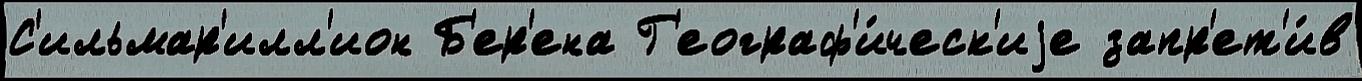
С'ильмар'илл'ион Б'ер'ена Г'еограф'и́ческ'иjе запр'ет'и́в